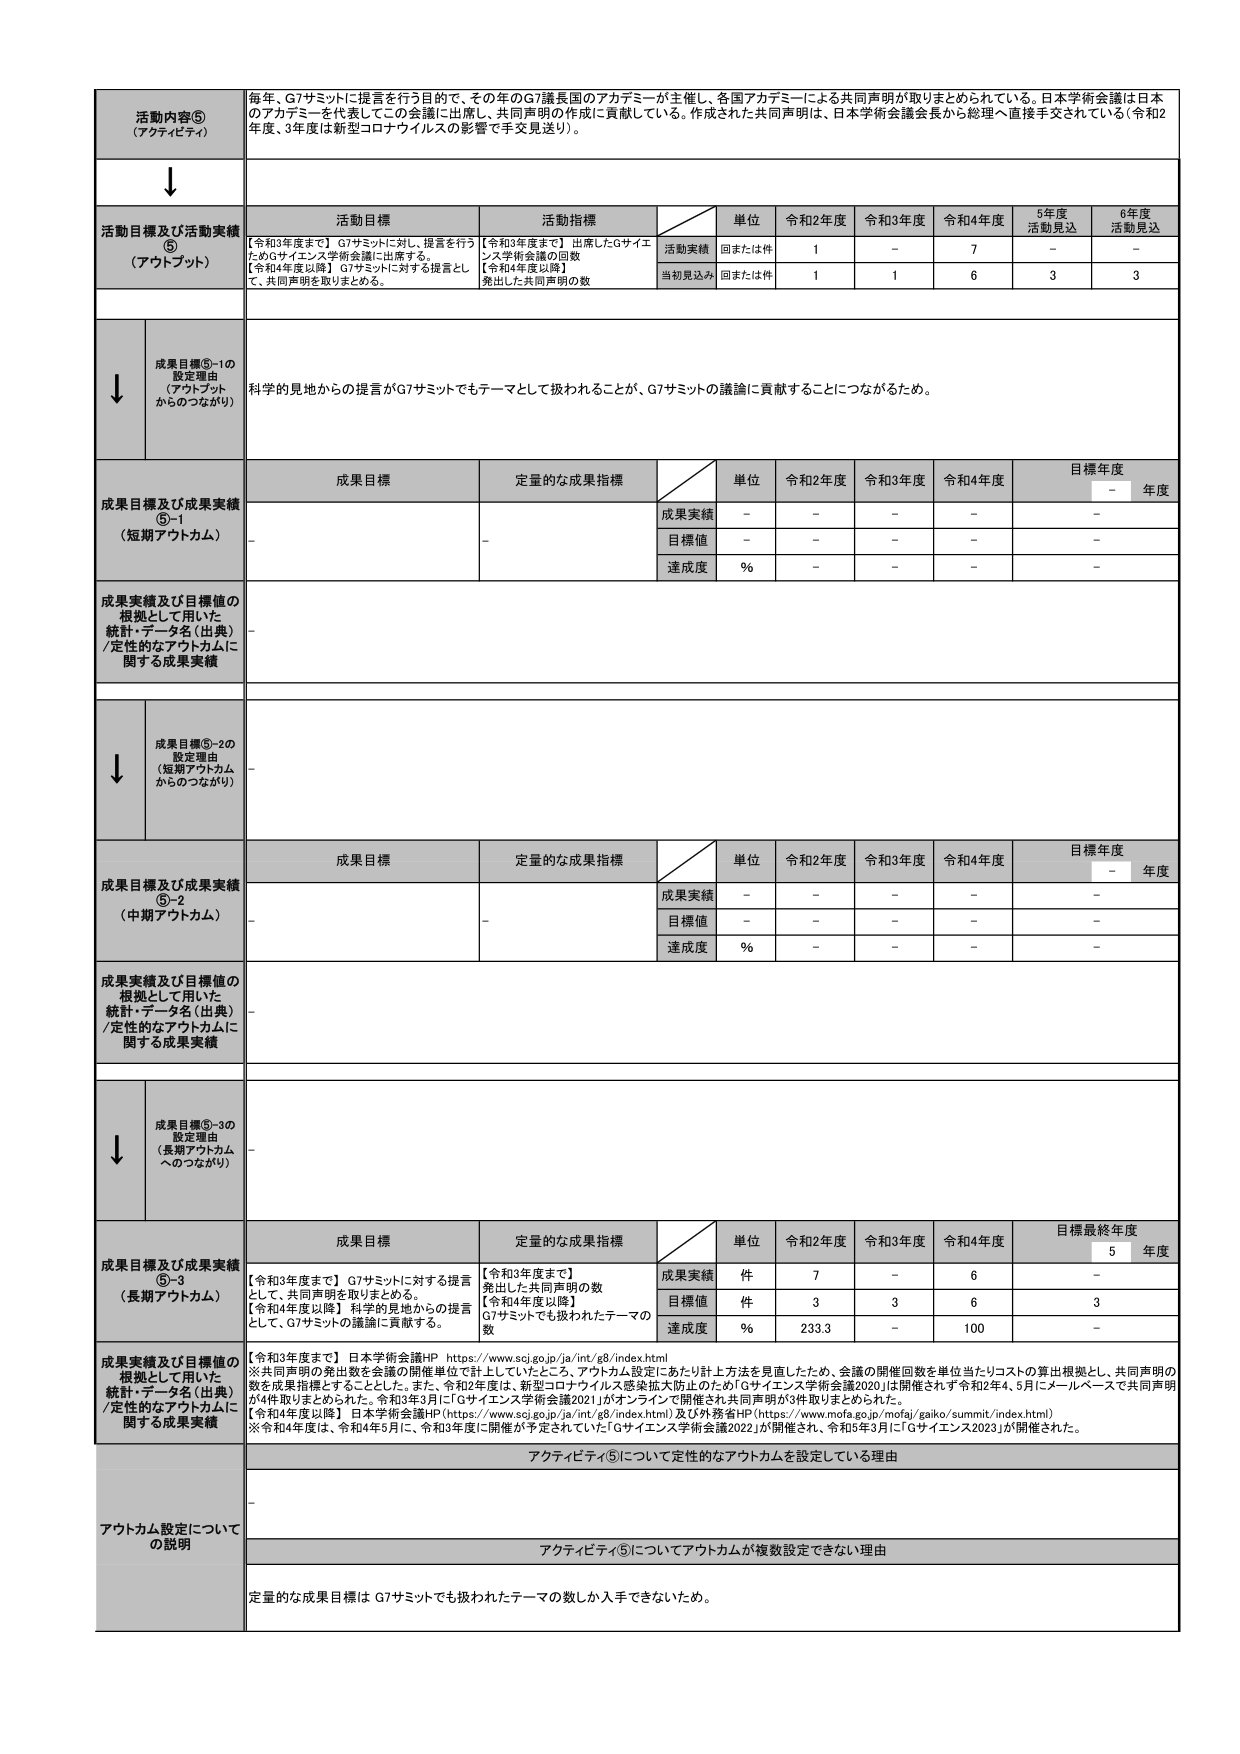
活動内容⑤
（アクティビティ）
毎年、G7サミットに提言を行う目的で、その年のG7議長国のアカデミーが主催し、各国アカデミーによる共同声明が取りまとめられている。日本学術会議は日本のアカデミーを代表してこの会議に出席し、共同声明の作成に貢献している。作成された共同声明は、日本学術会議会長から総理へ直接手交されている（令和2年度、3年度は新型コロナウイルスの影響で手交見送り）。

↓

活動目標及び活動実績
⑤
（アウトプット）
活動目標
活動指標
単位
令和2年度
令和3年度
令和4年度
5年度
活動見込
6年度
活動見込
【令和3年度まで】G7サミットに対し、提言を行うためGサイエンス学術会議に出席する。
【令和4年度以降】G7サミットに対する提言として、共同声明を取りまとめる。
【令和3年度まで】出席したGサイエンス学術会議の回数
【令和4年度以降】発出した共同声明の数
活動実績
回または件
1
－
7
－
－
当初見込み
回または件
1
1
6
3
3

↓

成果目標⑤-1の
設定理由
（アウトプット
からのつながり）
科学的見地からの提言がG7サミットでもテーマとして扱われることが、G7サミットの議論に貢献することにつながるため。

成果目標及び成果実績
⑤-1
（短期アウトカム）
成果目標
定量的な成果指標
単位
令和2年度
令和3年度
令和4年度
目標年度
－
年度
－
－
成果実績
－
－
－
－
－
目標値
－
－
－
－
－
達成度
％
－
－
－
－

成果実績及び目標値の
根拠として用いた
統計・データ名（出典）
/定性的なアウトカムに
関する成果実績
－

↓

成果目標⑤-2の
設定理由
（短期アウトカム
からのつながり）
－

成果目標及び成果実績
⑤-2
（中期アウトカム）
成果目標
定量的な成果指標
単位
令和2年度
令和3年度
令和4年度
目標年度
－
年度
－
－
成果実績
－
－
－
－
－
目標値
－
－
－
－
－
達成度
％
－
－
－
－

成果実績及び目標値の
根拠として用いた
統計・データ名（出典）
/定性的なアウトカムに
関する成果実績
－

↓

成果目標⑤-3の
設定理由
（長期アウトカム
へのつながり）
－

成果目標及び成果実績
⑤-3
（長期アウトカム）
成果目標
定量的な成果指標
単位
令和2年度
令和3年度
令和4年度
目標最終年度
5
年度
【令和3年度まで】G7サミットに対する提言として、共同声明を取りまとめる。
【令和4年度以降】科学的見地からの提言として、G7サミットの議論に貢献する。
【令和3年度まで】
発出した共同声明の数
【令和4年度以降】
G7サミットでも扱われたテーマの数
成果実績
件
7
－
6
－
目標値
件
3
3
6
3
達成度
％
233.3
－
100
－

成果実績及び目標値の
根拠として用いた
統計・データ名（出典）
/定性的なアウトカムに
関する成果実績
【令和3年度まで】日本学術会議HP https://www.scj.go.jp/ja/int/g8/index.html
※共同声明の発出数を会議の開催単位で計上していたところ、アウトカム設定にあたり計上方法を見直したため、会議の開催回数を単位当たりコストの算出根拠とし、共同声明の数を成果指標とすることとした。また、令和2年度は、新型コロナウイルス感染拡大防止のため「Gサイエンス学術会議2020」は開催されず令和2年4、5月にメールベースで共同声明が4件取りまとめられた。令和3年3月に「Gサイエンス学術会議2021」がオンラインで開催され共同声明が3件取りまとめられた。
【令和4年度以降】日本学術会議HP（https://www.scj.go.jp/ja/int/g8/index.html）及び外務省HP（https://www.mofa.go.jp/mofaj/gaiko/summit/index.html）
※令和4年度は、令和4年5月に、令和3年度に開催が予定されていた「Gサイエンス学術会議2022」が開催され、令和5年3月に「Gサイエンス学術会議2023」が開催された。

アウトカム設定について
の説明
アクティビティ⑤について定性的なアウトカムを設定している理由
－

アクティビティ⑤についてアウトカムが複数設定できない理由
定量的な成果目標は G7サミットでも扱われたテーマの数しか入手できないため。